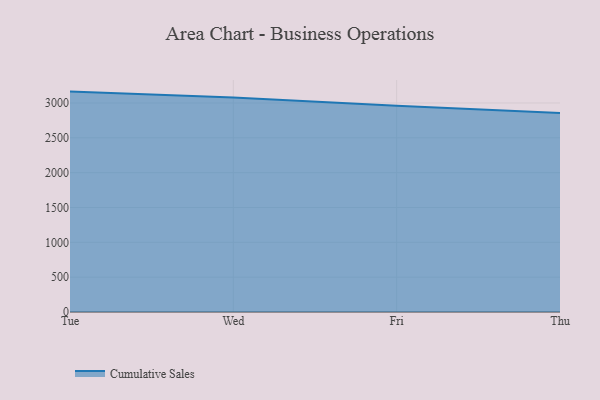
{"axis": {"x": "Day", "y": "Temperature (°C)"}, "legend": ["Cumulative Sales"], "data": [{"x": "Tue", "y": 3163.3, "type": "Cumulative Sales"}, {"x": "Wed", "y": 3078.5, "type": "Cumulative Sales"}, {"x": "Fri", "y": 2961.4, "type": "Cumulative Sales"}, {"x": "Thu", "y": 2854.4, "type": "Cumulative Sales"}]}